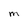
Character: M